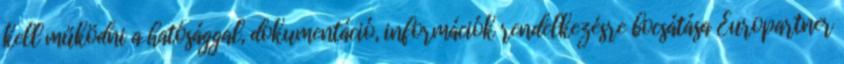
kell működni a hatósággal, dokumentáció, információk rendelkezésre bocsátása Europartner